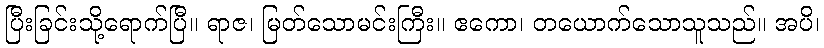
ပြီးခြင်းသို့ရောက်ပြီ။ ရာဇ၊ မြတ်သောမင်းကြီး။ ဧကော၊ တယောက်သောသူသည်။ အပိ၊